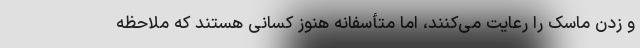
و زدن ماسک را رعایت می‌کنند، اما متأسفانه هنوز کسانی هستند که ملاحظه